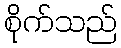
စိုက်သည်